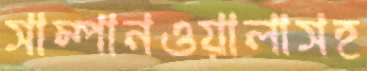
সাম্পানওয়ালাসহ